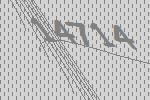
14714